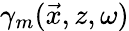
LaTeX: \gamma_{m}(\vec{x},z,\omega)